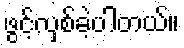
ဖွင့်လှစ်ခဲ့ပါတယ်။